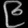
Digit: ၉